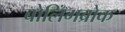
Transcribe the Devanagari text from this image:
बोलिंगब्रोक